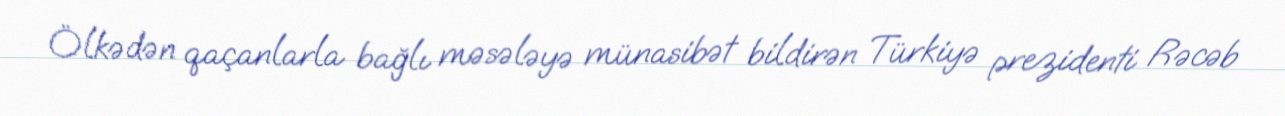
Ölkədən qaçanlarla bağlı məsələyə münasibət bildirən Türkiyə prezidenti Rəcəb